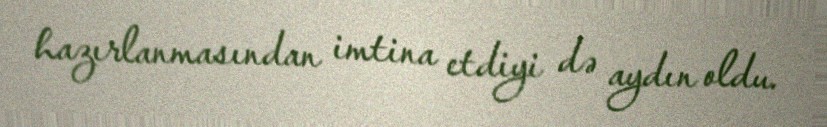
hazırlanmasından imtina etdiyi də aydın oldu.